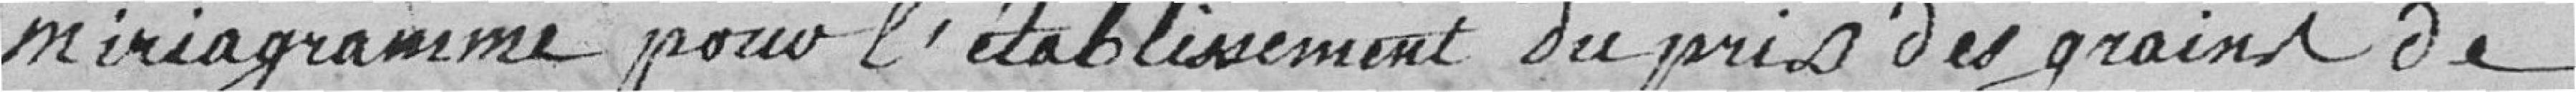
miriagramme pour l'établissement du prix des grains de